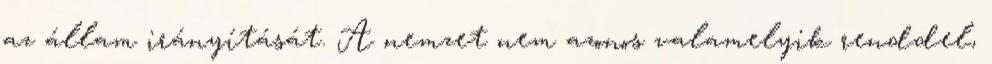
az állam irányítását. A nemzet nem azonos valamelyik renddel,